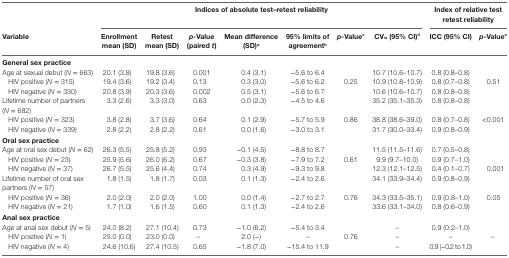
<table><thead><tr><td></td><td colspan="7"><b>Indices of absolute test–retest reliability</b></td><td colspan="2"><b>Index of relative test retest reliability</b></td></tr><tr><td><b>Variable</b></td><td><b>Enrollment mean (SD)</b></td><td><b>Retest mean (SD)</b></td><td><b><i>p</i>-Value (paired <i>t</i>)</b></td><td><b>Mean difference (SD)<sup>a</sup></b></td><td><b>95% limits of agreement<sup>b</sup></b></td><td><b><i>p</i>-Value<sup>c</sup></b></td><td><b>CV<sub>w</sub> (95% CI)<sup>d</sup></b></td><td><b>ICC (95% CI)</b></td><td><b><i>p</i>-Value<sup>e</sup></b></td></tr></thead><tbody><tr><td colspan="10"><b>General sex practice</b></td></tr><tr><td>Age at sexual debut (<i>N</i> = 663)</td><td>20.1 (3.8)</td><td>19.8 (3.6)</td><td>0.001</td><td>0.4 (3.1)</td><td>−5.6 to 6.4</td><td></td><td>10.7 (10.6–10.7)</td><td>0.8 (0.8–0.8)</td><td></td></tr><tr><td> HIV positive (<i>N</i> = 315)</td><td>19.4 (3.6)</td><td>19.2 (3.4)</td><td>0.13</td><td>0.3 (3.0)</td><td>−5.6 to 6.2</td><td>0.25</td><td>10.9 (10.8–10.9)</td><td>0.8 (0.7–0.8)</td><td>0.51</td></tr><tr><td> HIV negative (<i>N</i> = 330)</td><td>20.8 (3.9)</td><td>20.3 (3.6)</td><td>0.002</td><td>0.5 (3.1)</td><td>−5.6 to 6.7</td><td></td><td>10.6 (10.6–10.7)</td><td>0.8 (0.8–0.8)</td><td></td></tr><tr><td>Lifetime number of partners (<i>N</i> = 682)</td><td>3.3 (2.6)</td><td>3.3 (3.0)</td><td>0.63</td><td>0.0 (2.3)</td><td>−4.5 to 4.6</td><td></td><td>35.2 (35.1–35.3)</td><td>0.8 (0.8–0.8)</td><td></td></tr><tr><td> HIV positive (<i>N</i> = 323)</td><td>3.8 (2.8)</td><td>3.7 (3.6)</td><td>0.64</td><td>0.1 (2.9)</td><td>−5.7 to 5.9</td><td>0.86</td><td>38.8 (38.6–39.0)</td><td>0.8 (0.7–0.8)</td><td>&lt;0.001</td></tr><tr><td> HIV negative (<i>N</i> = 339)</td><td>2.8 (2.2)</td><td>2.8 (2.2)</td><td>0.61</td><td>0.0 (1.6)</td><td>−3.0 to 3.1</td><td></td><td>31.7 (30.0–33.4)</td><td>0.9 (0.8–0.9)</td><td></td></tr><tr><td colspan="10"><b>Oral sex practice</b></td></tr><tr><td>Age at oral sex debut (<i>N</i> = 62)</td><td>26.3 (5.5)</td><td>25.8 (5.2)</td><td>0.93</td><td>−0.1 (4.5)</td><td>−8.8 to 8.7</td><td></td><td>11.5 (11.5–11.6)</td><td>0.7 (0.5–0.8)</td><td></td></tr><tr><td> HIV positive (<i>N</i> = 23)</td><td>25.9 (5.6)</td><td>26.0 (6.2)</td><td>0.67</td><td>−0.3 (3.8)</td><td>−7.9 to 7.2</td><td>0.61</td><td>9.9 (9.7–10.0)</td><td>0.9 (0.7–1.0)</td><td></td></tr><tr><td> HIV negative (<i>N</i> = 37)</td><td>26.7 (5.5)</td><td>25.6 (4.4)</td><td>0.74</td><td>0.3 (4.9)</td><td>−9.3 to 9.8</td><td></td><td>12.3 (12.1–12.5)</td><td>0.4 (0.1–0.7)</td><td>0.001</td></tr><tr><td>Lifetime number of oral sex partners (<i>N</i> = 57)</td><td>1.8 (1.5)</td><td>1.8 (1.7)</td><td>0.03</td><td>0.1 (1.3)</td><td>−2.4 to 2.6</td><td></td><td>34.1 (33.9–34.4)</td><td>0.9 (0.8–0.9)</td><td></td></tr><tr><td> HIV positive (<i>N</i> = 36)</td><td>2.0 (2.0)</td><td>2.0 (2.0)</td><td>1.00</td><td>0.0 (1.4)</td><td>−2.7 to 2.7</td><td>0.76</td><td>34.3 (33.5–35.1)</td><td>0.9 (0.8–1.0)</td><td>0.05</td></tr><tr><td> HIV negative (<i>N</i> = 21)</td><td>1.7 (1.0)</td><td>1.6 (1.5)</td><td>0.60</td><td>0.1 (1.3)</td><td>−2.4 to 2.6</td><td></td><td>33.6 (33.1–34.0)</td><td>0.8 (0.6–0.9)</td><td></td></tr><tr><td colspan="10"><b>Anal sex practice</b></td></tr><tr><td>Age at anal sex debut (<i>N</i> = 5)</td><td>24.0 (8.2)</td><td>27.1 (10.4)</td><td>0.73</td><td>−1.0 (6.2)</td><td>−5.4 to 3.4</td><td></td><td>–</td><td>0.9 (0.2–1.0)</td><td></td></tr><tr><td> HIV positive (<i>N</i> = 1)</td><td>25.0 (0.0)</td><td>23.0 (0.0)</td><td>–</td><td>2.0 (−)</td><td>–</td><td>0.76</td><td>–</td><td>–</td><td>–</td></tr><tr><td> HIV negative (<i>N</i> = 4)</td><td>24.6 (10.6)</td><td>27.4 (10.5)</td><td>0.65</td><td>−1.8 (7.0)</td><td>−15.4 to 11.9</td><td></td><td>–</td><td>0.9 (−0.2 to 1.0)</td><td></td></tr></tbody></table>